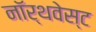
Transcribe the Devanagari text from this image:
नॉर्थवेस्‍ट